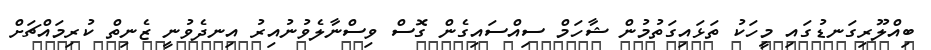
ބިއްލޫރިގަނޑުގައި މީހަކު ތަޅައިގަތުމުން ޝާހަމް ސިއްސައިގެން ގޮސް ވިސްނާލެވުނުއިރު އިނދެވުނީ ޒެނިތް ކުރިމައްޗަށް